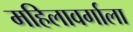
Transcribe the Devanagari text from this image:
महिलावर्गाला